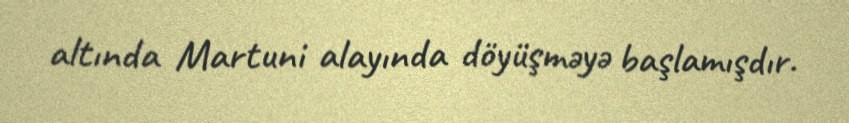
altında Martuni alayında döyüşməyə başlamışdır.